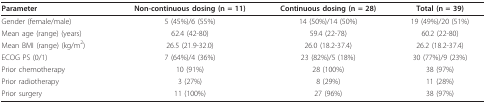
<table><thead><tr><td><b>Parameter</b></td><td><b>Non-continuous dosing (n = 11)</b></td><td><b>Continuous dosing (n = 28)</b></td><td><b>Total (n = 39)</b></td></tr></thead><tbody><tr><td>Gender (female/male)</td><td>5 (45%)/6 (55%)</td><td>14 (50%)/14 (50%)</td><td>19 (49%)/20 (51%)</td></tr><tr><td>Mean age (range) (years)</td><td>62.4 (42-80)</td><td>59.4 (22-78)</td><td>60.2 (22-80)</td></tr><tr><td>Mean BMI (range) (kg/m<sup>2</sup>)</td><td>26.5 (21.9-32.0)</td><td>26.0 (18.2-37.4)</td><td>26.2 (18.2-37.4)</td></tr><tr><td>ECOG PS (0/1)</td><td>7 (64%)/4 (36%)</td><td>23 (82%)/5 (18%)</td><td>30 (77%)/9 (23%)</td></tr><tr><td>Prior chemotherapy</td><td>10 (91%)</td><td>28 (100%)</td><td>38 (97%)</td></tr><tr><td>Prior radiotherapy</td><td>3 (27%)</td><td>8 (29%)</td><td>11 (28%)</td></tr><tr><td>Prior surgery</td><td>11 (100%)</td><td>27 (96%)</td><td>38 (97%)</td></tr></tbody></table>